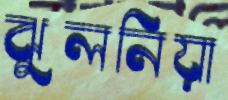
ঝুলনিয়া